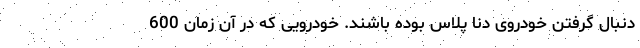
دنبال گرفتن خودروی دنا پلاس بوده باشند. خودرویی که در آن زمان 600